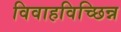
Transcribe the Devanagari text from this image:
विवाहविच्छिन्न